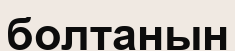
болтанын